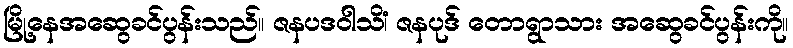
မြို့နေအဆွေခင်ပွန်းသည်။ ဇနပဒဝါသိံ၊ ဇနပုဒ် တောရွာသား အဆွေခင်ပွန်းကို။